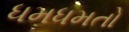
ધમધમતો